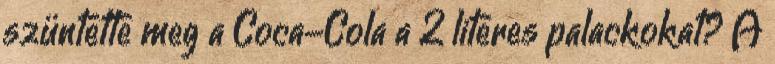
szüntette meg a Coca-Cola a 2 literes palackokat? A